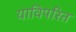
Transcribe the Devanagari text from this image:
याविपरित